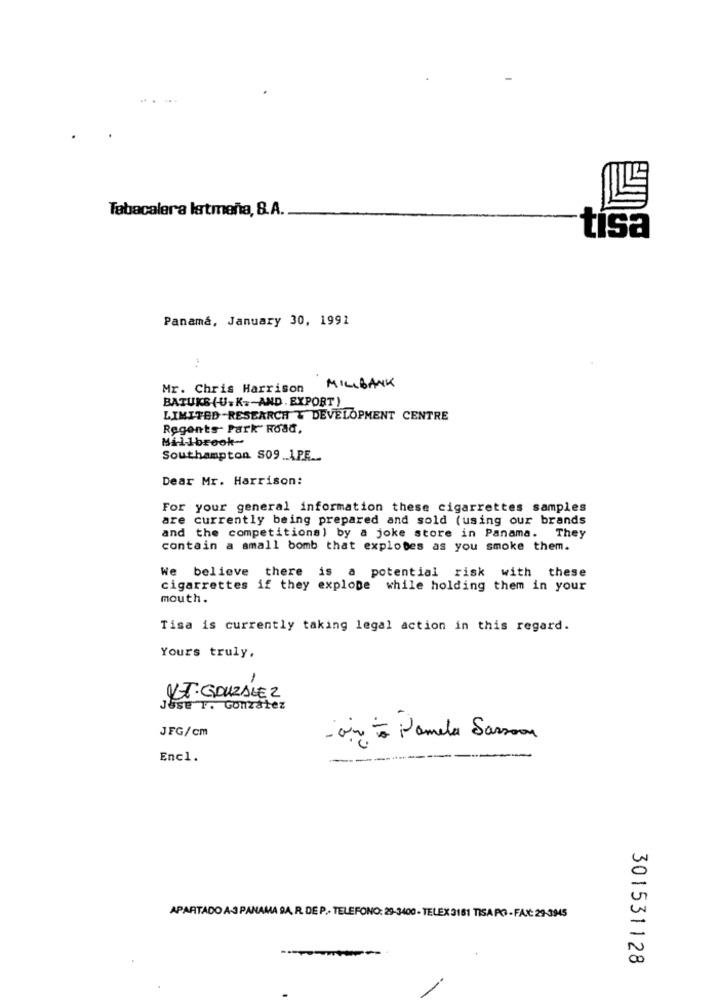
Tabacalera latmeña, 8.A.
tisa
Panamá, January 30, 1991
Mr. Chris Harrison
MILLBANK
BATUKB (U.K .- AND. EXPORT )
LIMITED -RESEARCH & DEVELOPMENT CENTRE
Regents- Park Road,
Millbrook-
Southampton S09 .APE ..
Dear Mr. Harrison:
For your general information these cigarrettes samples
are currently being prepared and sold (using our brands
and the competitions) by a joke store in Panama. They
contain a small bomb that explotes as you smoke them.
We believe there is a potential risk with these
cigarrettes if they explope while holding them in your
mouth.
Tisa is currently taking legal action in this regard.
Yours truly,
KT: GONZALEZ
Jese T. González
JFG/cm
.19
- ving to Pamela Sassoon
Encl.
APARTADO A-3 PANAMA 9A. R. DE P. TELEFONO: 29-3400 - TELEX 3181 TISA PO - FAX: 29-3945
301531128